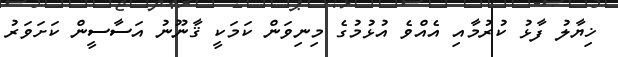
ޚިޔާލު ފާޅު ކުރުމާއި އެއްވެ އުޅުމުގެ މިނިވަން ކަމަކީ ޤާނޫނު އަސާސީން ކަށަވަރު